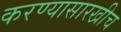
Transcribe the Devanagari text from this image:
करण्यासारखीच